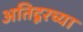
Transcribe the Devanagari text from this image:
अतिदूरच्या